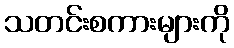
သတင်းစကားများကို